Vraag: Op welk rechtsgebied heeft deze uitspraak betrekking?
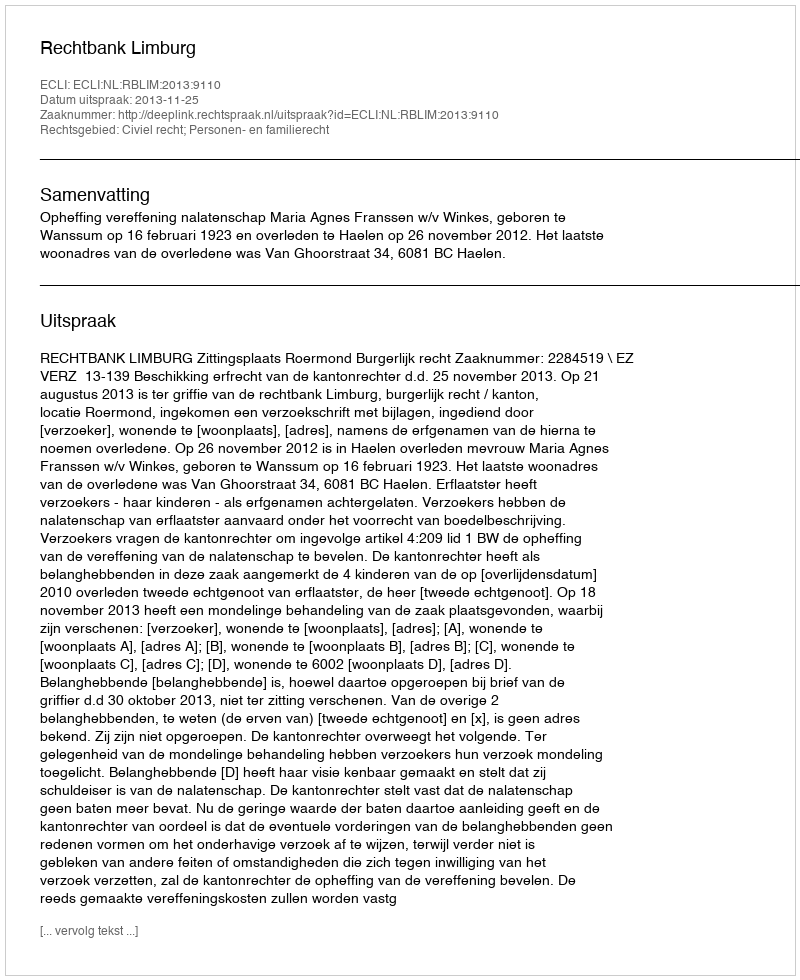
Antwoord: Civiel recht; Personen- en familierecht